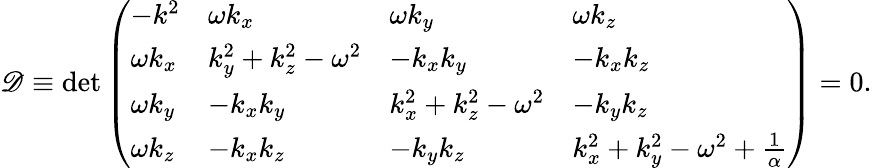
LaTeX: \mathscr{D}\equiv\mathrm{{{det}}}\left(\begin{array}{llll}{{-k^{2}}}&{{\omega k_{x}}}&{{\omega k_{y}}}&{{\omega k_{z}}}\\ {{\omega k_{x}}}&{{k_{y}^{2}+k_{z}^{2}-\omega^{2}}}&{{-k_{x}k_{y}}}&{{-k_{x}k_{z}}}\\ {{\omega k_{y}}}&{{-k_{x}k_{y}}}&{{k_{x}^{2}+k_{z}^{2}-\omega^{2}}}&{{-k_{y}k_{z}}}\\ {{\omega k_{z}}}&{{-k_{x}k_{z}}}&{{-k_{y}k_{z}}}&{{k_{x}^{2}+k_{y}^{2}-\omega^{2}+{\frac{1}{\alpha}}}}\end{array}\right)=0.